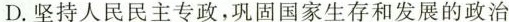
D.坚持人民民主专政，巩固国家生存和发展的政治